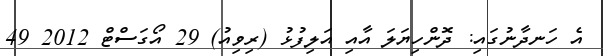
އެ ހަނދާނުގައި: ދޮންހިޔަލަ އާއި އަލިފުޅު (ރިވިއު) 29 އޯގަސްޓް 2012 49